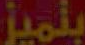
بتميز